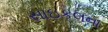
સાઇકલના